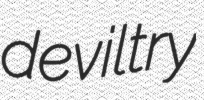
deviltry